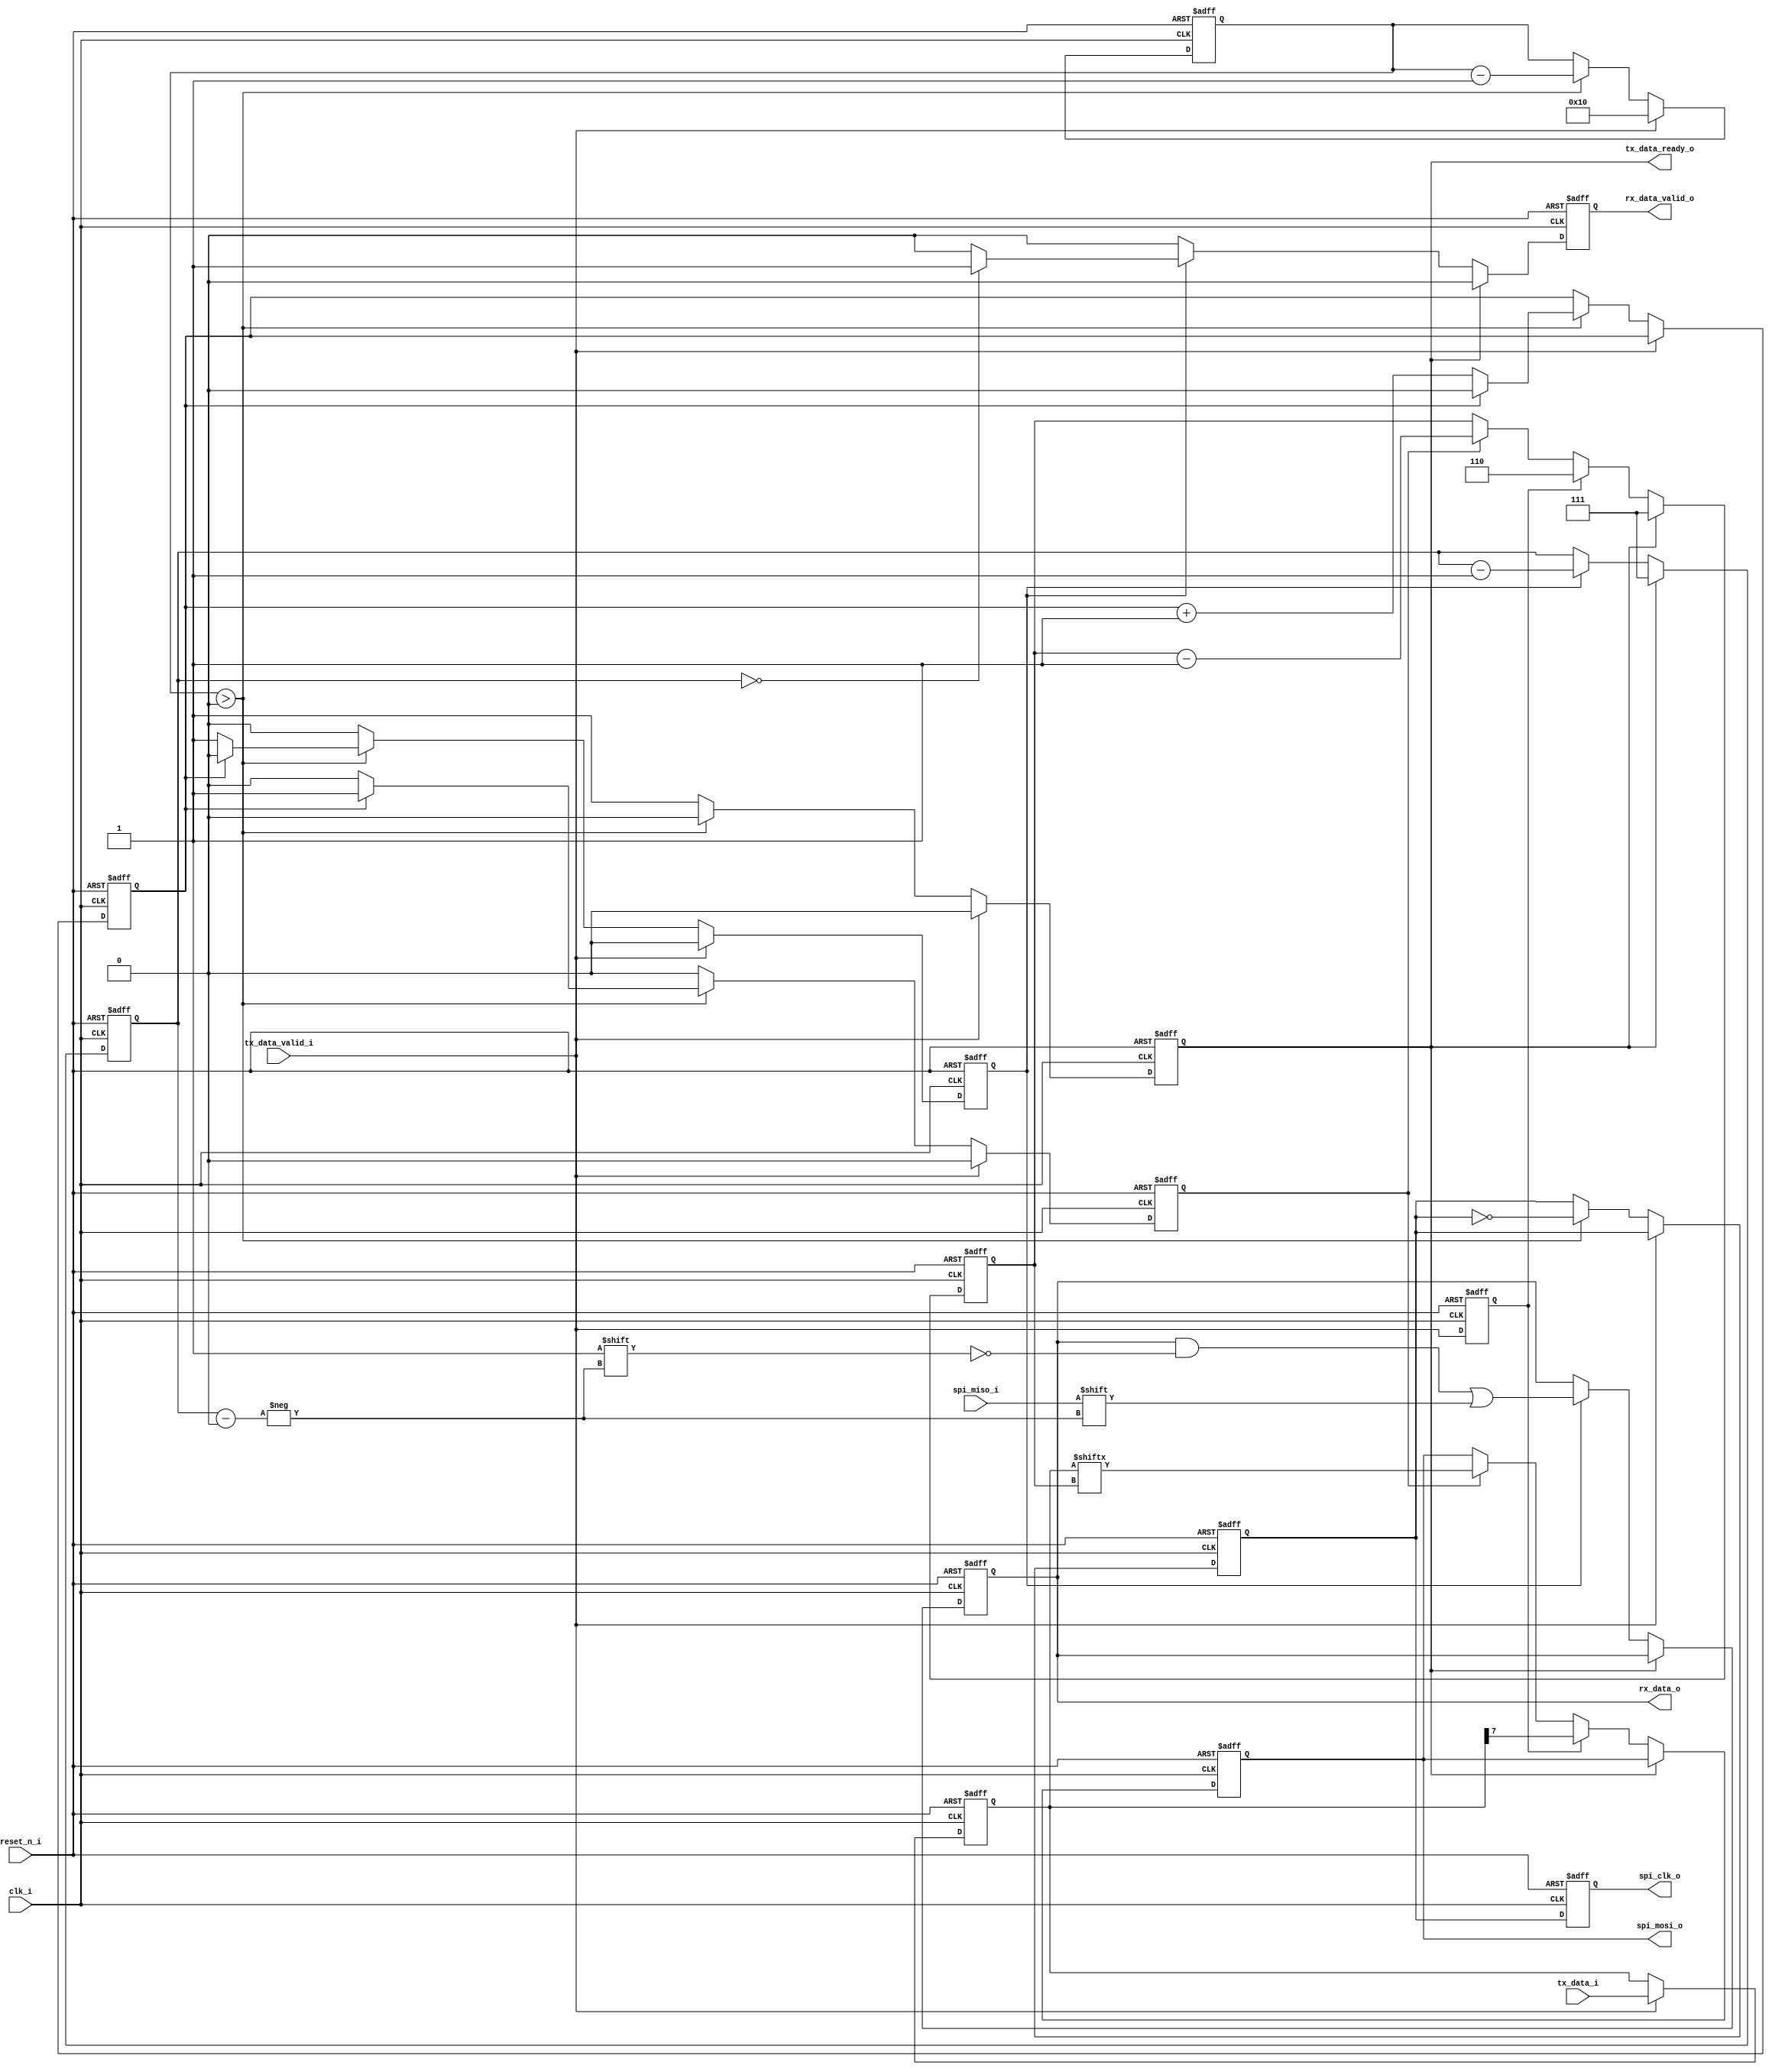
/* icglue keep begin head */
/*
 * Module      : spi_master_emulator
 * Project Name: W_ICONS
 * Company     : Blackrock Neurotech
 */
/* icglue keep end */
`timescale 1ns/1ps

module spi_master_emulator (
    clk_i,
    spi_clk_o,
    spi_mosi_o,
    spi_miso_i,
    reset_n_i,
    tx_data_i,
    tx_data_valid_i,
    tx_data_ready_o,
    rx_data_o,
    rx_data_valid_o
);

    parameter SPI_MODE          = 0;
    parameter CLKS_PER_HALF_BIT = 1;
    /* icglue keep begin parameters *//* icglue keep end */

    input        clk_i;
    output       spi_clk_o;
    output       spi_mosi_o;
    input        spi_miso_i;
    input        reset_n_i;
    input  [7:0] tx_data_i;
    input        tx_data_valid_i;
    output       tx_data_ready_o;
    output [7:0] rx_data_o;
    output       rx_data_valid_o;
    /* icglue keep begin declarations */
    reg        spi_clk_o;
    reg        spi_cs_o;
    reg        spi_mosi_o;
    reg        tx_data_ready_o;
    reg  [7:0] rx_data_o;
    reg        rx_data_valid_o;
    
    ///////////////////////////////////////////////////////////////////////////////
    // modified version of https://github.com/nandland/spi-master/blob/master/Verilog/source/SPI_Master.v
    // Description: SPI (Serial Peripheral Interface) Master
    //              Creates master based on input configuration.
    //              Sends a byte one bit at a time on MOSI
    //              Will also receive byte data one bit at a time on MISO.
    //              Any data on input byte will be shipped out on MOSI.
    //
    // Note:        clk_i must be at least 2x faster than spclk_i_o
    //
    // Parameters:  SPI_MODE, can be 0, 1, 2, or 3.  See above.
    //              Can be configured in one of 4 modes:
    //              Mode | Clock Polarity (CPOL/CKP) | Clock Phase (CPHA)
    //               0   |             0             |        0
    //               1   |             0             |        1
    //               2   |             1             |        0
    //               3   |             1             |        1
    //              More: https://en.wikipedia.org/wiki/Serial_Peripheral_Interface_Bus#Mode_numbers
    //              CLKS_PER_HALF_BIT - Sets frequency of spi_clk_o.  spclk_i_o is
    //              derived from clk_i.  Set to integer number of clocks for each
    //              half-bit of SPI data.  E.g. 100 MHz clk_i, CLKS_PER_HALF_BIT = 2
    //              would create spclk_i_o of 25 MHz.  Must be >= 2
    //
    ///////////////////////////////////////////////////////////////////////////////


    // SPI Interface (All Runs at SPI Clock Domain)
    wire w_CPOL;     // Clock polarity
    wire w_CPHA;     // Clock phase

    reg [$clog2(CLKS_PER_HALF_BIT*2)-1:0] r_SPI_Clk_Count;
    reg r_SPI_Clk;
    reg [4:0] r_SPI_Clk_Edges;
    reg r_Leading_Edge;
    reg r_Trailing_Edge;
    reg       r_TX_DV;
    reg [7:0] r_TX_Byte;

    reg [2:0] r_RX_Bit_Count;
    reg [2:0] r_TX_Bit_Count;

    // CPOL: Clock Polarity
    // CPOL=0 means clock idles at 0, leading edge is rising edge.
    // CPOL=1 means clock idles at 1, leading edge is falling edge.
    assign w_CPOL  = (SPI_MODE == 2) | (SPI_MODE == 3);

    // CPHA: Clock Phase
    // CPHA=0 means the "out" side changes the data on trailing edge of clock
    //              the "in" side captures data on leading edge of clock
    // CPHA=1 means the "out" side changes the data on leading edge of clock
    //              the "in" side captures data on the trailing edge of clock
    assign w_CPHA  = (SPI_MODE == 1) | (SPI_MODE == 3);



    // Purpose: Generate SPI Clock correct number of times when DV pulse comes
    always @(posedge clk_i or negedge reset_n_i) begin
        if (~reset_n_i) begin
            tx_data_ready_o <= 1'b0;
            r_SPI_Clk_Edges <= 0;
            r_Leading_Edge  <= 1'b0;
            r_Trailing_Edge <= 1'b0;
            r_SPI_Clk       <= w_CPOL; // assign default state to idle state
            r_SPI_Clk_Count <= 0;
            spi_cs_o        <= 1'b1;
        end else begin
            // Default assignments
            r_Leading_Edge  <= 1'b0;
            r_Trailing_Edge <= 1'b0;
            if (tx_data_valid_i) begin
                tx_data_ready_o      <= 1'b0;
                r_SPI_Clk_Edges <= 16;  // Total # edges in one byte ALWAYS 16
                spi_cs_o        <= 1'b0;
            end else if (r_SPI_Clk_Edges > 0) begin
                tx_data_ready_o <= 1'b0;
                if (r_SPI_Clk_Count == CLKS_PER_HALF_BIT*2-1) begin
                    r_SPI_Clk_Edges <= r_SPI_Clk_Edges - 1'b1;
                    r_Trailing_Edge <= 1'b1;
                    r_SPI_Clk_Count <= 0;
                    r_SPI_Clk       <= ~r_SPI_Clk;
                end else if (r_SPI_Clk_Count == CLKS_PER_HALF_BIT-1) begin
                    r_SPI_Clk_Edges <= r_SPI_Clk_Edges - 1'b1;
                    r_Leading_Edge  <= 1'b1;
                    r_SPI_Clk_Count <= r_SPI_Clk_Count + 1'b1;
                    r_SPI_Clk       <= ~r_SPI_Clk;
                end else begin
                    r_SPI_Clk_Count <= r_SPI_Clk_Count + 1'b1;
                end
            end else begin
                tx_data_ready_o <= 1'b1;
            end       
        end // else: !if(~reset_n_i)
    end // always @ (posedge clk_i or negedge reset_n_i)


    // Purpose: Register tx_data_i when Data Valid is pulsed.
    // Keeps local storage of byte in case higher level module changes the data
    always @(posedge clk_i or negedge reset_n_i) begin
        if (~reset_n_i) begin
            r_TX_Byte <= 8'h00;
            r_TX_DV   <= 1'b0;
        end else begin
            r_TX_DV <= tx_data_valid_i; // 1 clock cycle delay
            if (tx_data_valid_i) begin
                r_TX_Byte <= tx_data_i;
            end
        end // else: !if(~reset_n_i)
    end // always @ (posedge clk_i or negedge reset_n_i)


    // Purpose: Generate MOSI data
    // Works with both CPHA=0 and CPHA=1
    always @(posedge clk_i or negedge reset_n_i) begin
        if (~reset_n_i) begin
            spi_mosi_o     <= 1'b0;
            r_TX_Bit_Count <= 3'b111; // send MSb first
        end else begin
            // If ready is high, reset bit counts to default
            if (tx_data_ready_o) begin
                r_TX_Bit_Count <= 3'b111;
            end else if (r_TX_DV & ~w_CPHA) begin
                // Catch the case where we start transaction and CPHA = 0
                spi_mosi_o     <= r_TX_Byte[3'b111];
                r_TX_Bit_Count <= 3'b110;
            end else if ((r_Leading_Edge & w_CPHA) | (r_Trailing_Edge & ~w_CPHA)) begin
                r_TX_Bit_Count <= r_TX_Bit_Count - 1'b1;
                spi_mosi_o     <= r_TX_Byte[r_TX_Bit_Count];
            end
        end
    end


    // Purpose: Read in MISO data.
    always @(posedge clk_i or negedge reset_n_i) begin
        if (~reset_n_i) begin
            rx_data_o       <= 8'h00;
            rx_data_valid_o <= 1'b0;
            r_RX_Bit_Count  <= 3'b111;
        end else begin
            // Default Assignments
            rx_data_valid_o   <= 1'b0;
            if (tx_data_ready_o) begin // Check if ready is high, if so reset bit count to default
                r_RX_Bit_Count <= 3'b111;
            end else if ((r_Leading_Edge & ~w_CPHA) | (r_Trailing_Edge & w_CPHA)) begin
                rx_data_o[r_RX_Bit_Count] <= spi_miso_i;  // Sample data
                r_RX_Bit_Count            <= r_RX_Bit_Count - 1'b1;
                if (r_RX_Bit_Count == 3'b000) begin
                    rx_data_valid_o   <= 1'b1;   // Byte done, pulse Data Valid
                end
            end
        end
    end
    
    
    // Purpose: Add clock delay to signals for alignment.
    always @(posedge clk_i or negedge reset_n_i) begin
        if (~reset_n_i) begin
            spi_clk_o  <= w_CPOL;
        end else begin
            spi_clk_o <= r_SPI_Clk;
        end // else: !if(~reset_n_i)
    end // always @ (posedge clk_i or negedge reset_n_i)

    /* icglue keep end */
endmodule